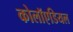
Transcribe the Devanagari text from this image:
कोलॉएडियल